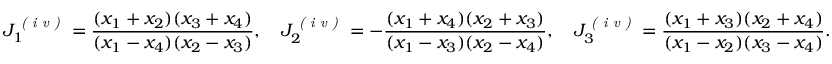
J _ { 1 } ^ { \mathrm { \textit { ( i v ) } } } = \frac { ( x _ { 1 } + x _ { 2 } ) ( x _ { 3 } + x _ { 4 } ) } { ( x _ { 1 } - x _ { 4 } ) ( x _ { 2 } - x _ { 3 } ) } , \quad J _ { 2 } ^ { \mathrm { \textit { ( i v ) } } } = - \frac { ( x _ { 1 } + x _ { 4 } ) ( x _ { 2 } + x _ { 3 } ) } { ( x _ { 1 } - x _ { 3 } ) ( x _ { 2 } - x _ { 4 } ) } , \quad J _ { 3 } ^ { \mathrm { \textit { ( i v ) } } } = \frac { ( x _ { 1 } + x _ { 3 } ) ( x _ { 2 } + x _ { 4 } ) } { ( x _ { 1 } - x _ { 2 } ) ( x _ { 3 } - x _ { 4 } ) } .